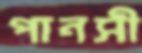
পানসী